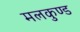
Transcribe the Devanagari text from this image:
मलकुण्ड